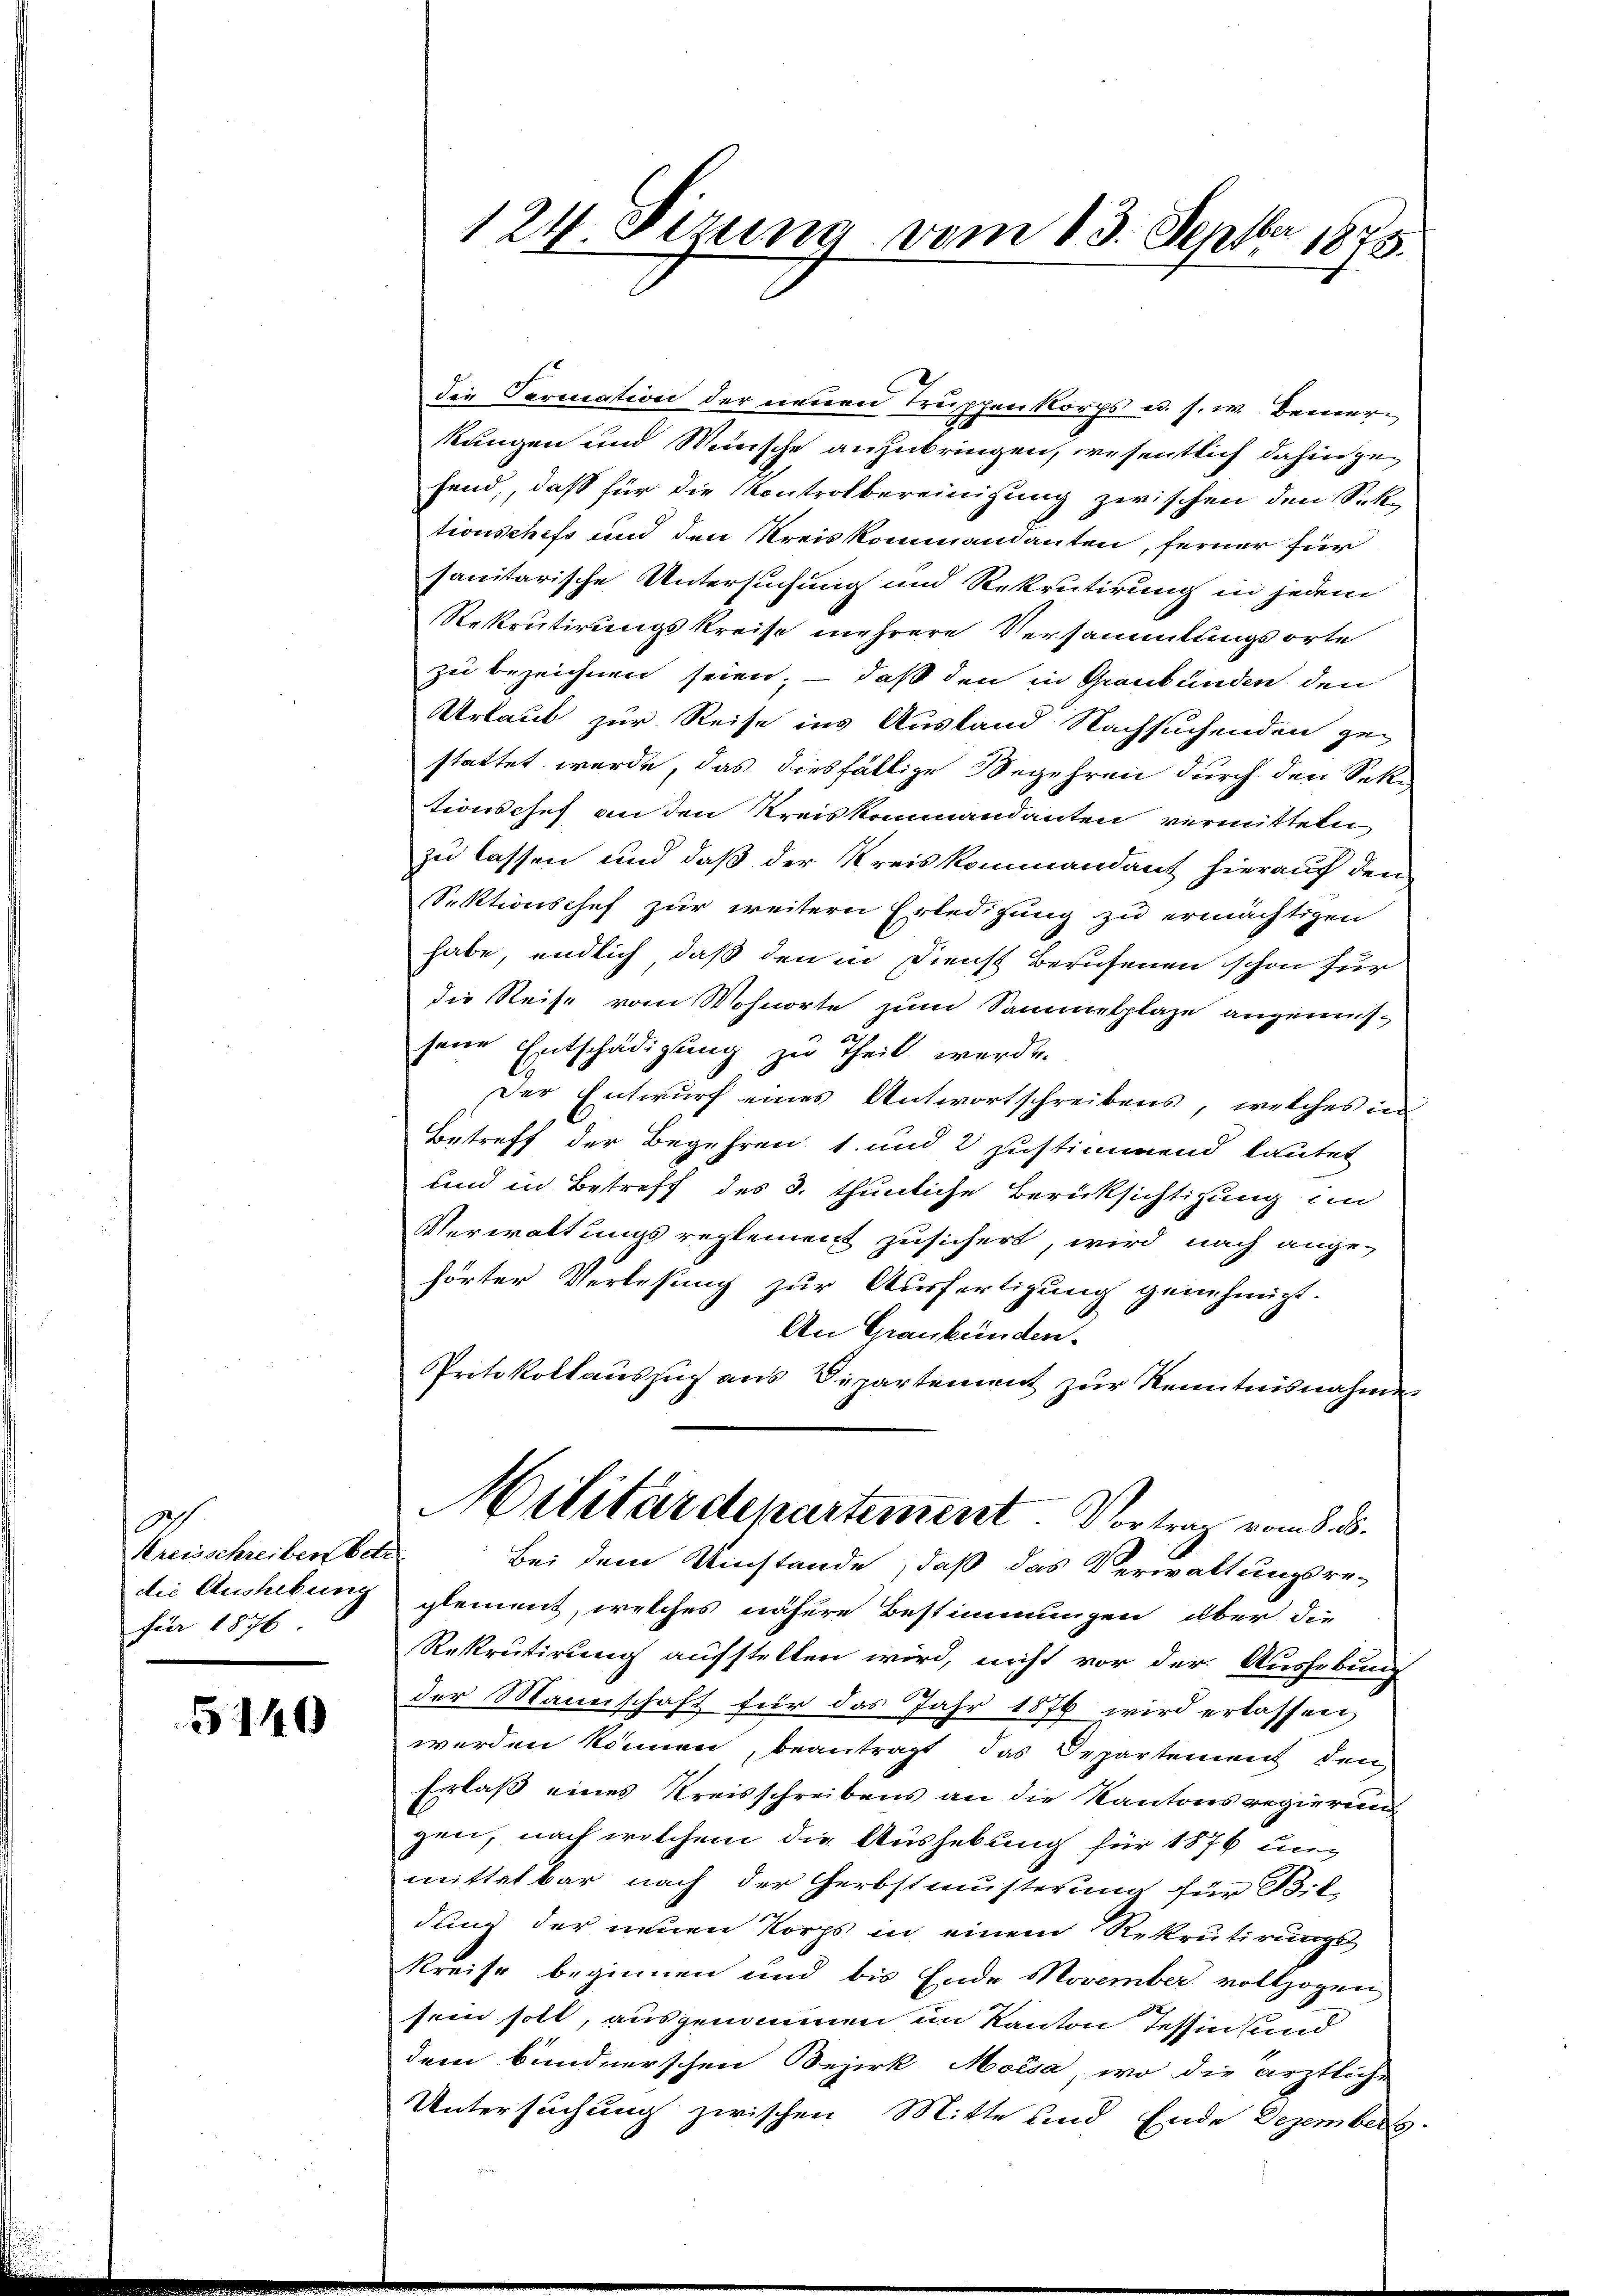
0
Kreisschreiben betr.
die Aushebung
für 1876

5140

die Sermation der neuen Truppenkorps u. s. w. Beinern
kungen und Wenische anzubringen, wesentlich dahin gefend, daß für die Kontrolbereinigung zwischen den Sektionschefs und den Kreiskommandanten, ferner für
sanitarische Untersuchung und Rekrutirung in jedem
Rekrutirungskreise mehrere Versammlungsorte
zu bezeichnen seien; — daß den in Graubünden den
Urlaub zur Reise ins Ausland Nachsuchenden ge-
stattet werde, das diesfällige Begehren durch den Sektionschef an den Kreiskommandanten vermitteten
zu lassen und daß der Kreiskommandant hierauf den
Sektionschef zur weitern Erledigung zu ermächtigen
habe, endlich daß den in Dienst Berufenen schon für
die Reise vom Wohnorte zum Sammelplaze angemessene Entschädigung zu Theil werde.
Der Entwurf eines Antwortschreibens, welches in
Betreff der Begehren 1. und 2 zustimmend lautet
und in Betreff des 3. thunliche Berücksichtigung im
Verwaltungsreglement zusichert, wird nach ange-
hörter Verlesung zur Ausfertigung genehmigt.
An Graubünden.
Protokollauszug aus Departement zur Kenntnisnahme
Militärdepartement. Vortrag vom 8. d.
Bei dem Umstände, daß das Verwaltungsre-
glement, welches nähere Bestimmungen über die
Rekrutirung aufstellen wird, nicht vor der Aushebung
der Mannschaft für das Jahr 1876 wird erlassen,
werden können, beantragt, das Departement den
Erlaß eines Kreisschreibens an die Kantonsregierung
gen, nach welchem die Aushebung für 1876 unmittelbar nach der Gerbstmusterung für A. E.
dung der neuen Korps in einem Rekrutirungs
Kreise beginnen und bis Ende Movember vollzogen
sein soll, ausgenommen im Kanton Tessin, und
dem bundnerschen Bezirk Moisa, wo die ärztliche
Untersuchung zwischen Mitte und Ende Dezembers

124. Sizung vom 13. Septbr 1873.